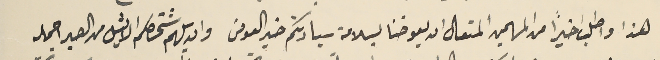
هذا واطلب اخيراً من المهيمن المتعالى ان يعوضنا بسلامة سيادتكم خير العوض وان يلهم شخصكم الامثل من الصبر اجمله